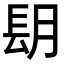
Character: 𨱠